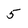
Character: 5